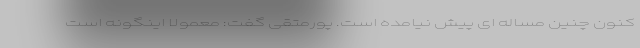
کنون چنین مساله ای پیش نیامده است. پورمتقی گفت: معمولا اینگونه است